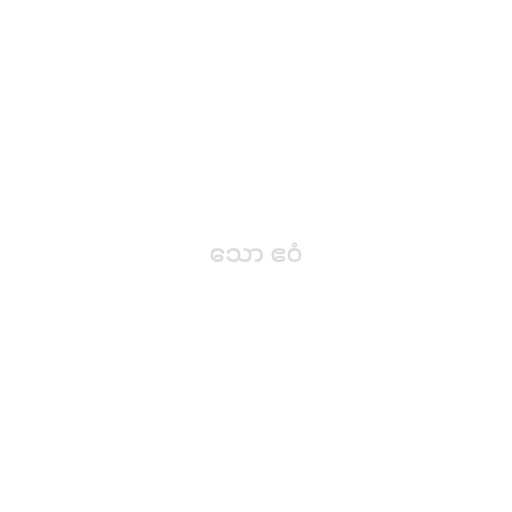
သော ဧဝံ